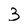
Character: 3